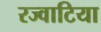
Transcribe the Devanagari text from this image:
रज्वाटिया